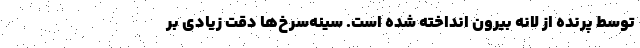
توسط پرنده از لانه بیرون انداخته شده است. سینه‌سرخ‌ها دقت زیادی بر